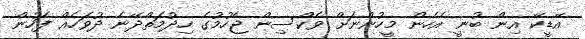
އޭޑީކޭ އިން ބުނީ އެހެން މީހުންނަށް ވެކްސިން ޖެހުމުގެ ހިދުމަތްދޭނެ ދުވަހެއް ފަހުން